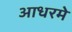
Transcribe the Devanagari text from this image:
आधरमे